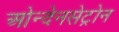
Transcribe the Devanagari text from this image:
ओन्देनसेट्रोन